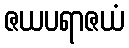
ဇယပရာဇယံ